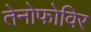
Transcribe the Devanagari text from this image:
तेनोफोविर